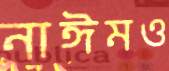
নাঈমও